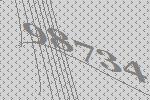
98734